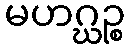
မဟဂ္ဃဉ္စ